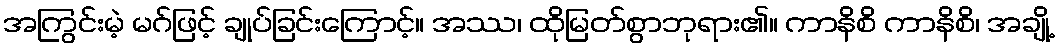
အကြွင်းမဲ့ မဂ်ဖြင့် ချုပ်ခြင်းကြောင့်။ အဿ၊ ထိုမြတ်စွာဘုရား၏။ ကာနိစိ ကာနိစိ၊ အချို့